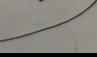
Signature authenticity: forged